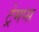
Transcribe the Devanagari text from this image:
ट्रेमप्स